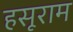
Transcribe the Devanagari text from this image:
हसूराम